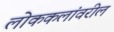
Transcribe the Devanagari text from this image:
लोककलांवरील